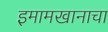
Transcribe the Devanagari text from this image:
इमामखानाचा